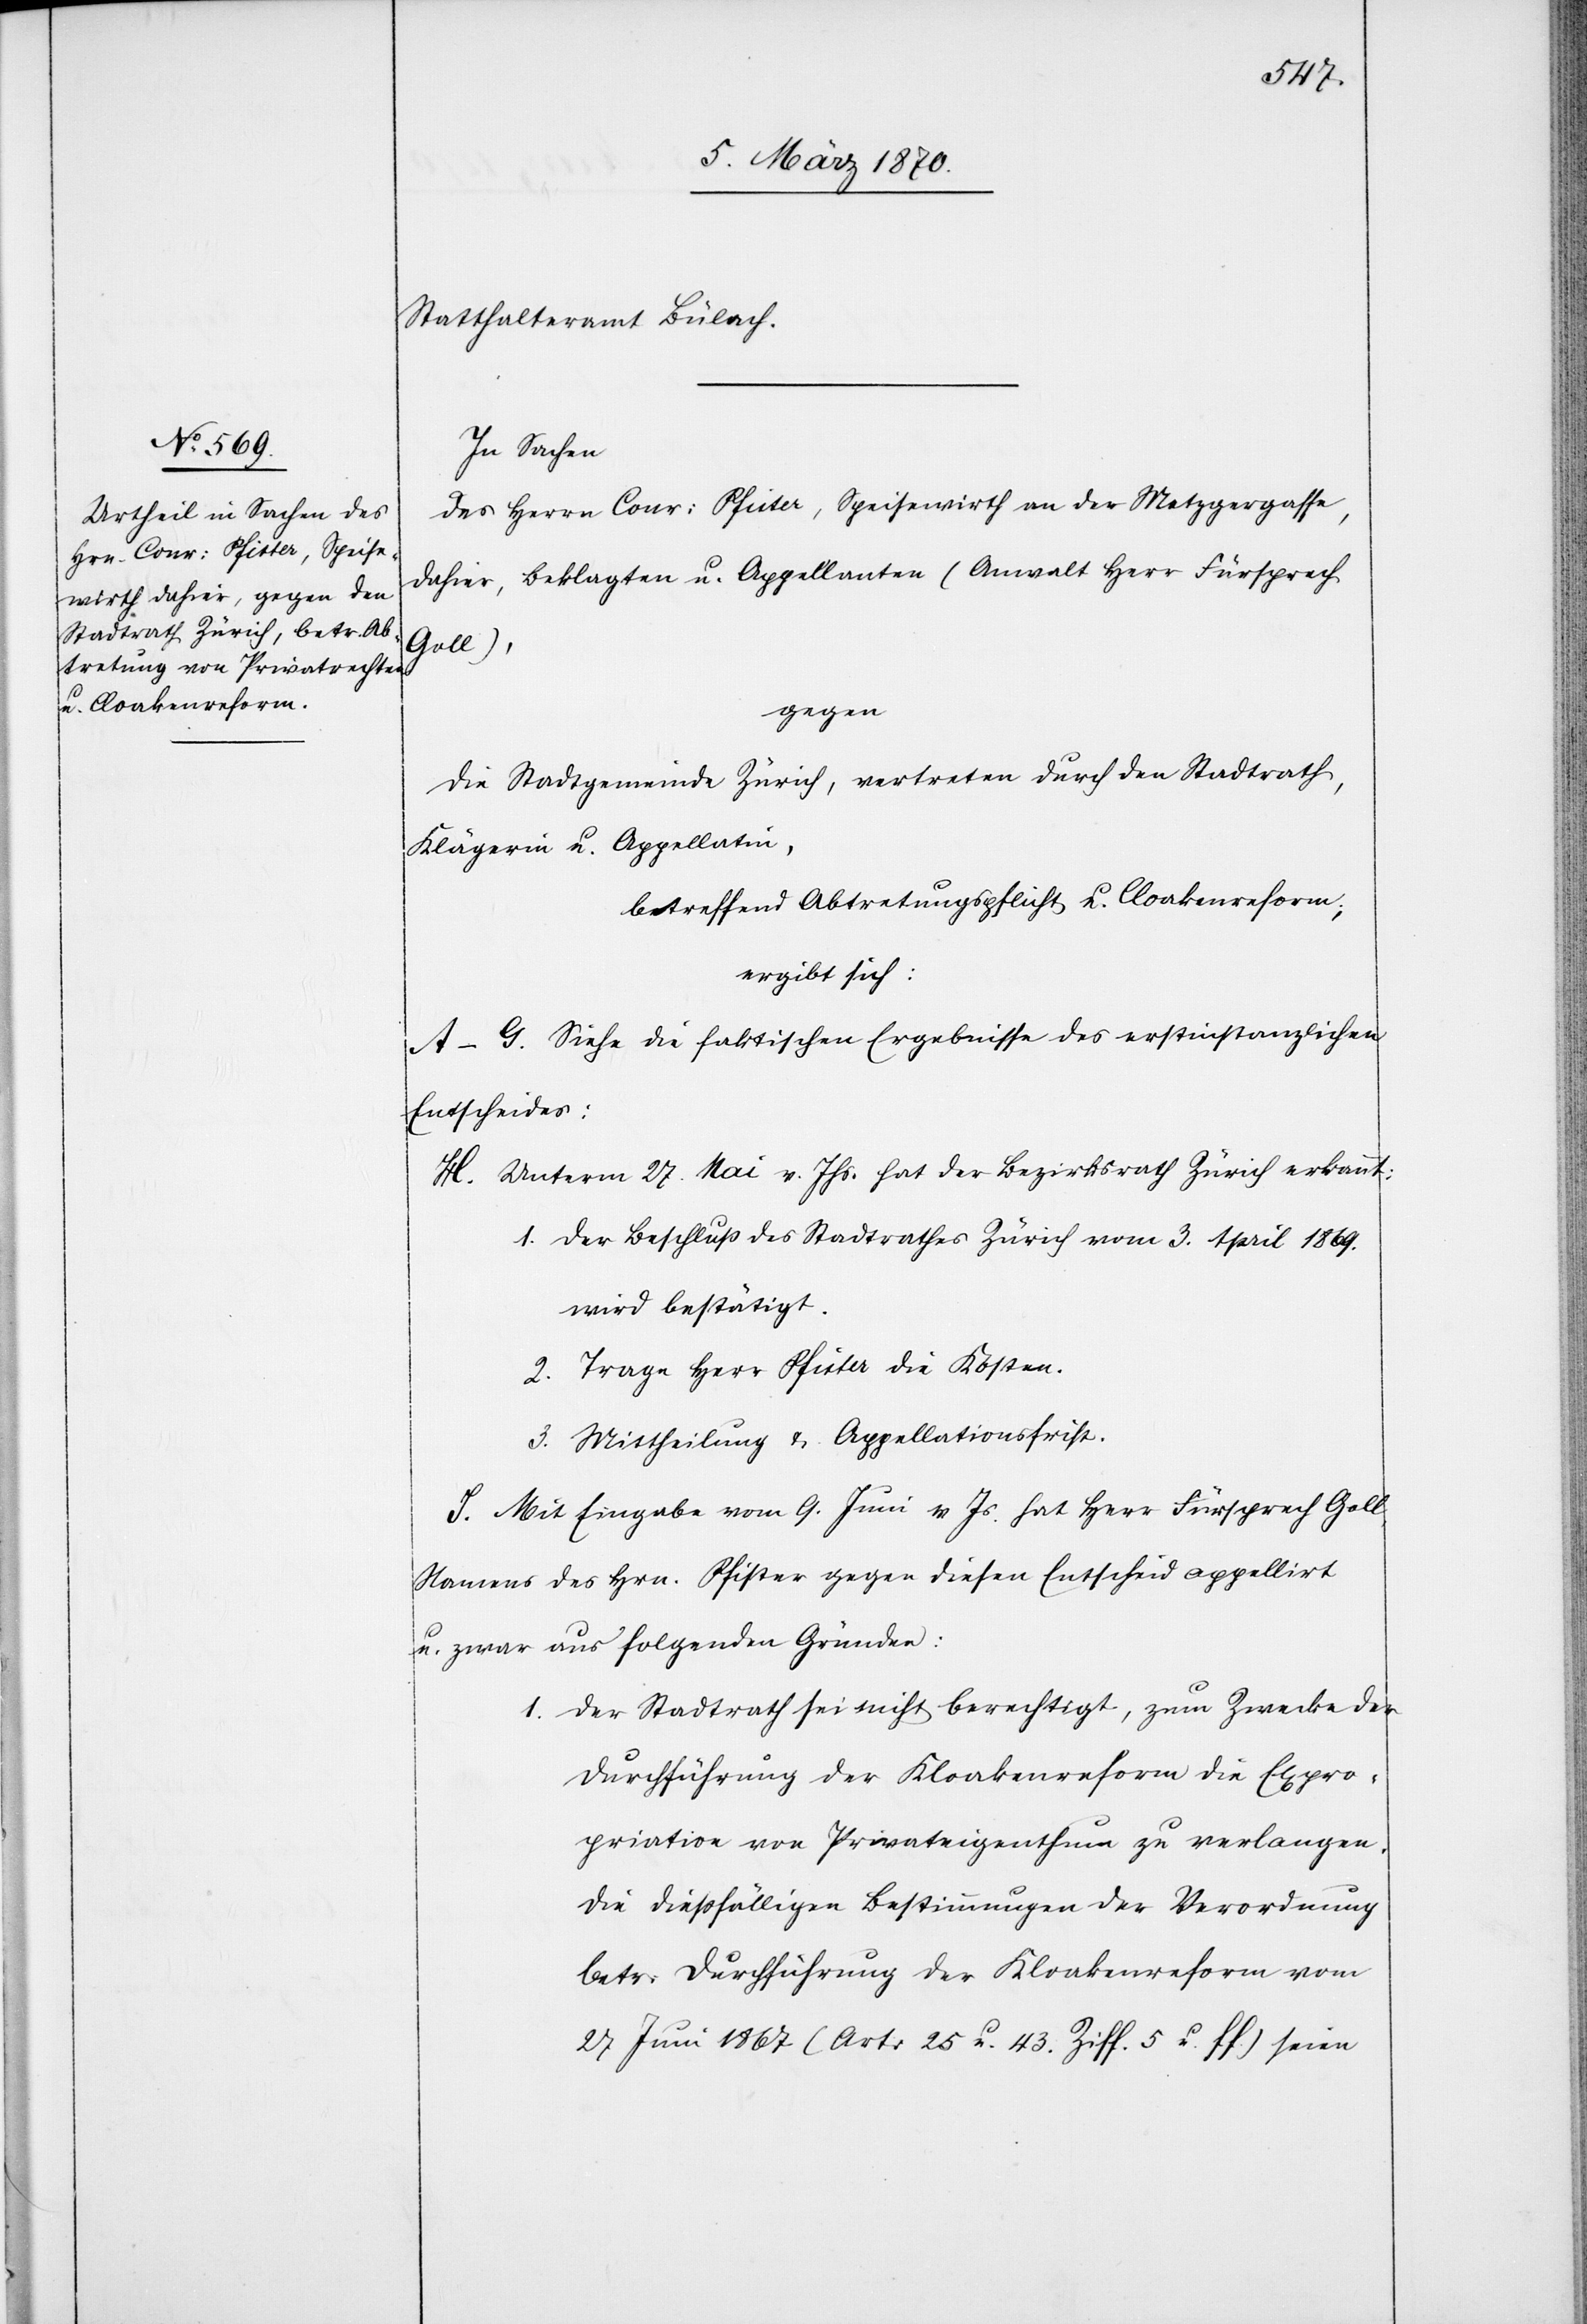
Statthalteramt Bülach.
In Sachen
des Herrn Conr: Pfister, Speisewirth an der Metzgergasse,
dahier, Beklagten u. Appellanten (Anwalt Herr Fürsprech
Goll),
gegen
die Stadtgemeinde Zürich, vertreten durch den Stadtrath,
Klägerin u. Appellatin,
betreffend Abtretungspflicht u. Cloakenreform;
ergibt sich:
A–G. Siehe die faktischen Ergebnisse des erstinstanzlichen
Entscheides:
H. Unterm 27. Mai v. Jhs. hat der Bezirksrath Zürich erkannt:
1. Der Beschluß des Stadtrathes Zürich vom 3. April 1869.
wird bestätigt.
2. Trage Herr Pfister die Kosten.
3. Mittheilung u. Appellationsfrist.
J. Mit Eingabe vom 9. Juni v Js. hat Herr Fürsprech Goll
Namens des Hrn. Pfister gegen diesen Entscheid appellirt
u. zwar aus folgenden Gründen:
1. Der Stadtrath sei nicht berechtigt, zum Zwecke der
Durchführung der Kloakenreform die Expro¬
priation von Privateigenthum zu verlangen.
Die dießfälligen Bestimmungen der Verordnung
betr: Durchführung der Kloakenreform vom
27 Juni 1867 (Art: 25 u. 43. Ziff. 5 u. ff.) seien